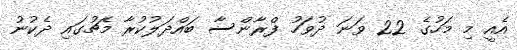
އެއީ މި މަހުގެ 22 ވަނަ ދުވަހު ފްރާންސާ ބައްދަލުކުރާ މެޗުގައި ދެކުނު